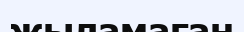
жыламаған